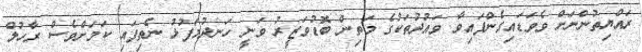
ރައްޔިތުންނަށް ވެވަޑައިގެންފައިވާ ވައުދުތަކުގެ މަތިން ބޮޑުވަޒީރު ވަނީ ހަނދުމަފުޅު ނެތިފައި ކަމަށްވެސް ރާހުލް